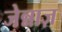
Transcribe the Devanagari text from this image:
जेन्नाज़